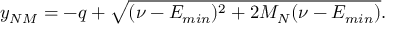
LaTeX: y _ { N M } = - q + \sqrt { ( \nu - E _ { m i n } ) ^ { 2 } + 2 M _ { N } ( \nu - E _ { m i n } ) } .